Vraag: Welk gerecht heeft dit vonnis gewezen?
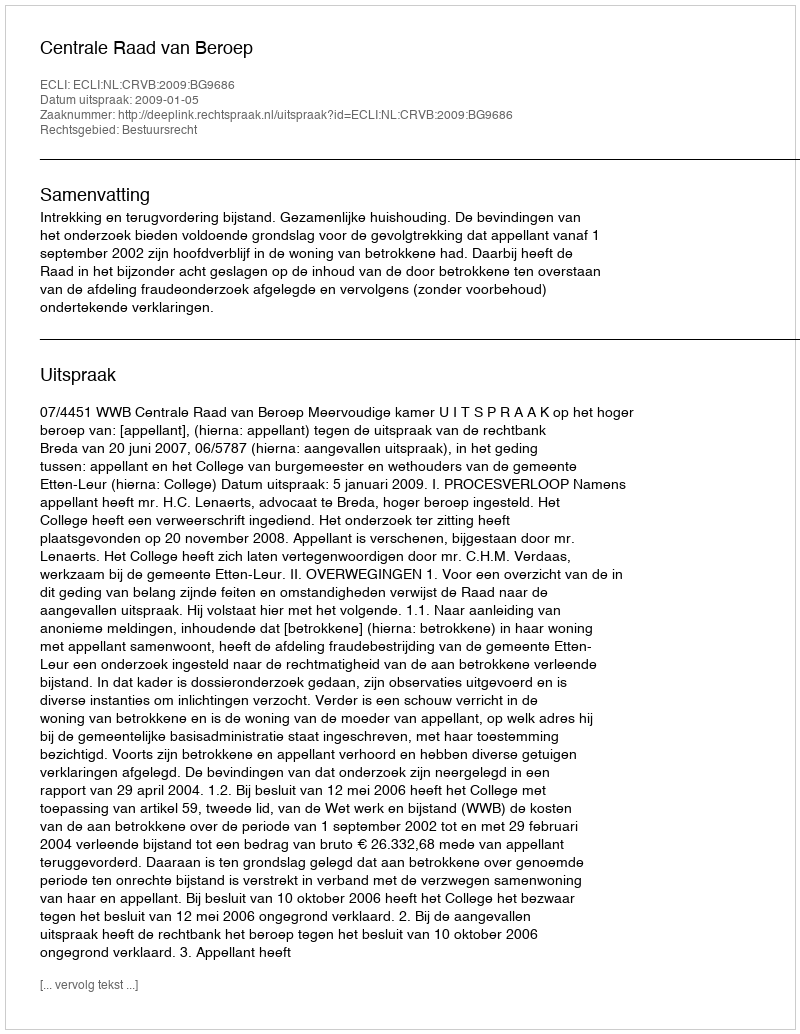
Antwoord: Centrale Raad van Beroep